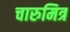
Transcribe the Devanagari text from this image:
चारुमित्र